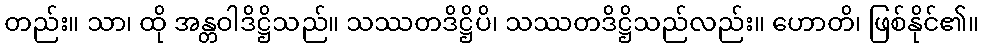
တည်း။ သာ၊ ထို အန္တဝါဒိဋ္ဌိသည်။ သဿတဒိဋ္ဌိပိ၊ သဿတဒိဋ္ဌိသည်လည်း။ ဟောတိ၊ ဖြစ်နိုင်၏။